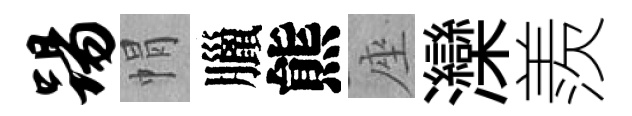
踢㡌臘熊座灤羨